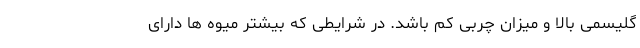
گلیسمی بالا و میزان چربی کم باشد. در شرایطی که بیشتر میوه ها دارای